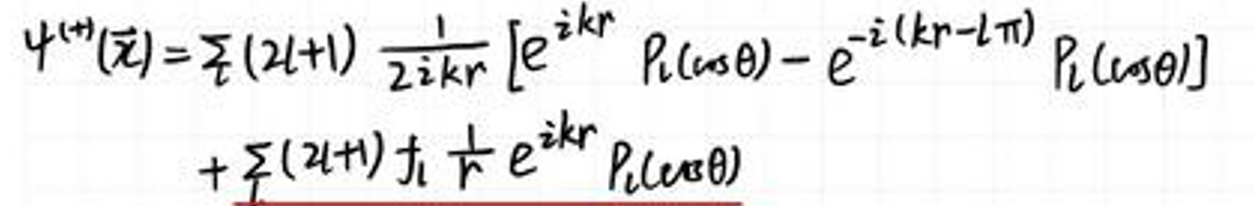
\[
\psi^{(r)}(\vec{r})=\frac{1}{2}(2l + 1)\frac{1}{2ikr}\left[e^{ikr}P_{l}(\cos\theta)-e^{-i(kr - l\pi)}P_{l}(\cos\theta)\right]+\frac{1}{2}(2l + 1)j_{l}\frac{1}{kr}e^{ikr}P_{l}(\cos\theta)
\]